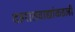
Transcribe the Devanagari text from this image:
दहशतवाद्यांकडली